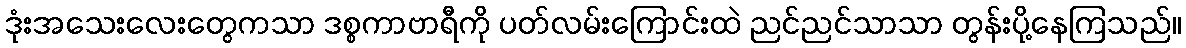
ဒုံးအသေးလေးတွေကသာ ဒစ္စကာဗာရီကို ပတ်လမ်းကြောင်းထဲ ညင်ညင်သာသာ တွန်းပို့နေကြသည်။